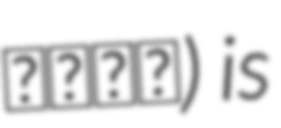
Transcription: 儋州机场) is